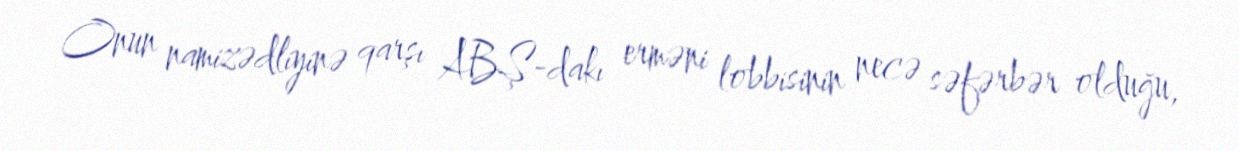
Onun namizədliyinə qarşı ABŞ-dakı erməni lobbisinin necə səfərbər olduğu,